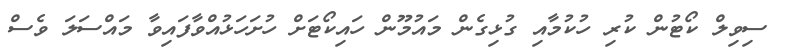
ސިވިލް ކޯޓުން ކުރި ހުކުމާއި ގުޅިގެން މައުމޫން ހައިކޯޓަށް ހުށަހަޅުއްވާފައިވާ މައްސަލަ ވެސް